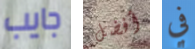
جايب أفضل في